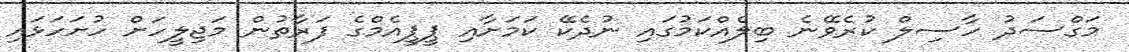
މަގްސަދު ހާސިލް ކުރެވޭނެ ބިލެއްކަމުގައި ނުދެކޭ ކަމަށާއި ޕީޕީއެމްގެ ފަރާތުން މަޖިލީހަށް ހުށަހަޅައި